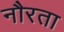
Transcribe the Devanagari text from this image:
नौरता